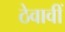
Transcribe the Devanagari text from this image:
ठेवावीं